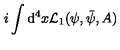
i \int \mathrm { d } ^ { 4 } x { \cal L } _ { 1 } ( \psi , \bar { \psi } , A )